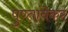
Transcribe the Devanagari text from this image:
पुण्तांबेकर